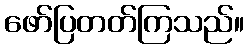
ဖော်ပြတတ်ကြသည်။